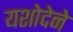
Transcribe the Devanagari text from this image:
यशोदेने